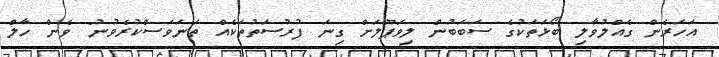
އަހަރެން ގެއްލުވާލި ބޯޅަތަކުގެ ސަބަބުން ލިވަޕޫލަށް ގިނަ ފުރުސަތުތަކެއް ތަނަވަސްކުރެވުނު" ވެން ހާލް